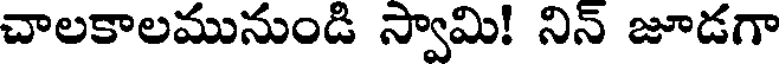
చాలకాలమునుండి స్వామి! నిన్ జూడగా